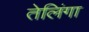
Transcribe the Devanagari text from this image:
तेलिंगा